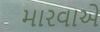
મારવાએ